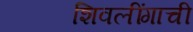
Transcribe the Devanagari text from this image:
शिवलींगाची